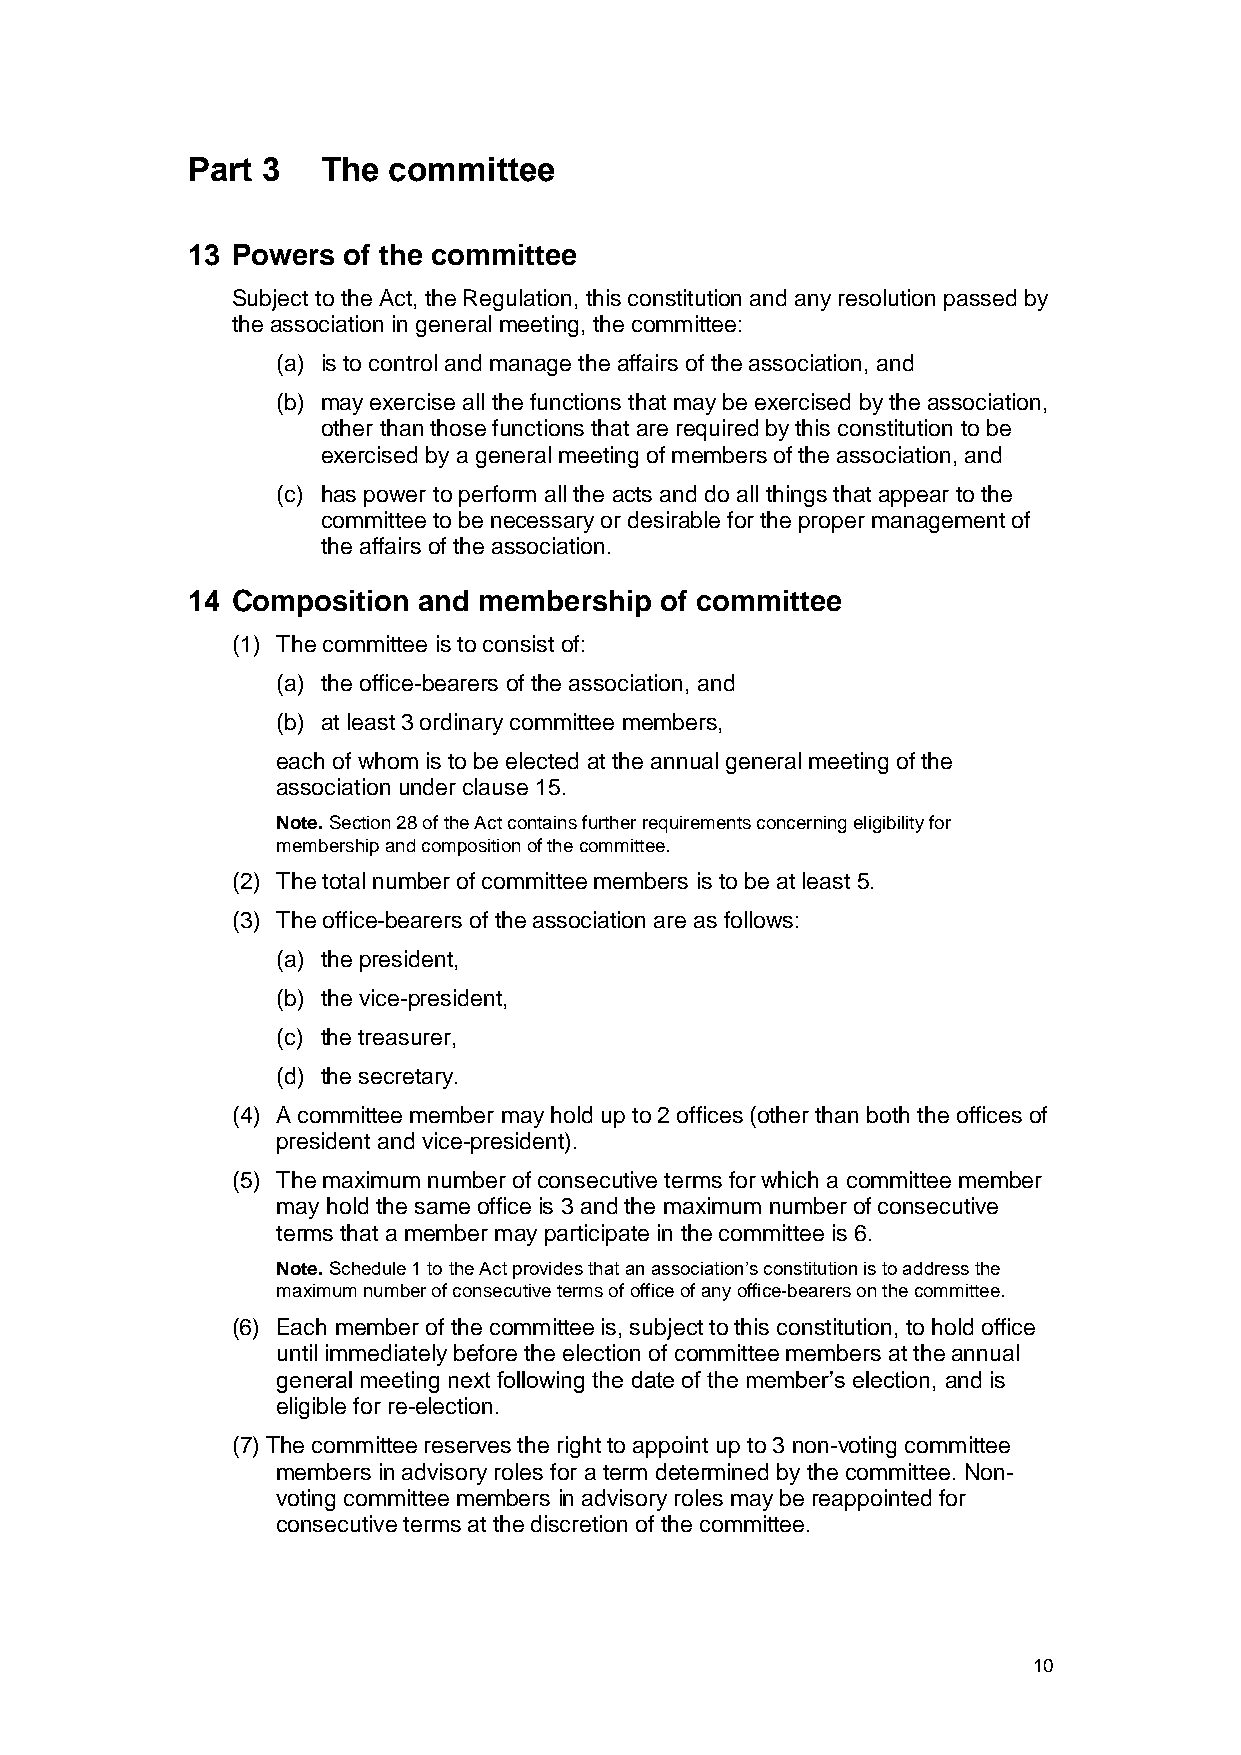
Part 3   The  committee
 13 Powers  of the committee
 Subject to the Act, the Regulation, this constitution and any resolution passed by
 the association in general meeting, the committee:
 (a) is to control and manage the affairs of the association, and
 (b) may exercise all the functions that may be exercised by the association,
 other than those functions that are required by this constitution to be
 exercised by a general meeting of members of the association, and
 (c) has power to perform all the acts and do all things that appear to the
 committee to be necessary or desirable for the proper management of
 the affairs of the association.
 14 Composition  and membership  of committee
 (1) The committee is to consist of:
 (a) the office-bearers of the association, and
 (b) at least 3 ordinary committee members,
 each of whom is to be elected at the annual general meeting of the
 association under clause 15.
 Note. Section 28 of the Act contains further requirements concerning eligibility for
 membership and composition of the committee.
 (2) The total number of committee members is to be at least 5.
 (3) The office-bearers of the association are as follows:
 (a) the president,
 (b) the vice-president,
 (c) the treasurer,
 (d) the secretary.
 (4) A committee member may hold up to 2 offices (other than both the offices of
 president and vice-president).
 (5) The maximum number of consecutive terms for which a committee member
 may hold the same office is 3 and the maximum number of consecutive
 terms that a member may participate in the committee is 6.
 Note. Schedule 1 to the Act provides that an association’s constitution is to address the
 maximum number of consecutive terms of office of any office-bearers on the committee.
 (6) Each member of the committee is, subject to this constitution, to hold office
 until immediately before the election of committee members at the annual
 general meeting next following the date of the member’s election, and is
 eligible for re-election.
 (7) The committee reserves the right to appoint up to 3 non-voting committee
 members in advisory roles for a term determined by the committee. Non-
 voting committee members in advisory roles may be reappointed for
 consecutive terms at the discretion of the committee.
 10